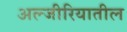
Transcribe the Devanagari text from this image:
अल्जीरियातील